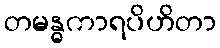
တမန္ဓကာရပိဟိတာ